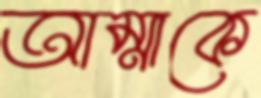
আম্মাকে